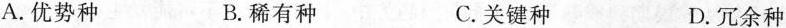
A. 优势种 B. 稀有种 C. 关键种 D. 冗余种